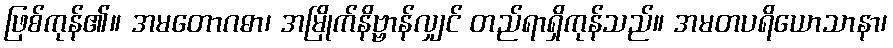
ဖြစ်ကုန်၏။ အမတောဂဓာ၊ အမြိုက်နိဗ္ဗာန်လျှင် တည်ရာရှိကုန်သည်။ အမတပရိယောသာနာ၊